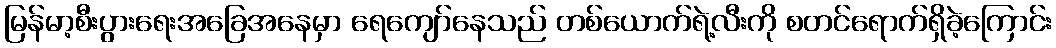
မြန်မာ့စီးပွားရေးအခြေအနေမှာ ရေကျော်နေသည် တစ်ယောက်ရဲ့လီးကို စတင်ရောက်ရှိခဲ့ကြောင်း